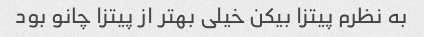
به نظرم پیتزا بیکن خیلی بهتر از پیتزا چانو بود